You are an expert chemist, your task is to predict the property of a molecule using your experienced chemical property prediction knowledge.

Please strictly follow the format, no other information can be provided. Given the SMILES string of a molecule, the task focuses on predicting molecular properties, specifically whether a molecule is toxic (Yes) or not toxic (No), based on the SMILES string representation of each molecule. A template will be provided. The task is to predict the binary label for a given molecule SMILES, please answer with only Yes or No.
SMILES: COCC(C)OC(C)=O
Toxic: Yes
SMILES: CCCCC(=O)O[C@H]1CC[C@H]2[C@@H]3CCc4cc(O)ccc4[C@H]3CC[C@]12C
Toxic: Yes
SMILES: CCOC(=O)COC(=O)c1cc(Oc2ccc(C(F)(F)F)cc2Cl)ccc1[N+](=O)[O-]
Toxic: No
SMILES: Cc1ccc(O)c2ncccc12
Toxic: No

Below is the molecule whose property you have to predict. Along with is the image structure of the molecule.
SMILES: N#C/C(N)=C(/N)C#N
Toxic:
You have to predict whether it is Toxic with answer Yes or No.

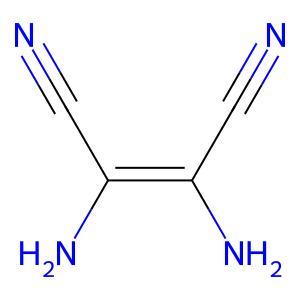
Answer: No